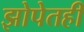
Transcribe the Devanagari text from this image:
झोपेतही